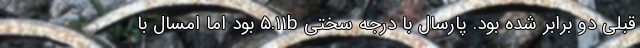
قبلی دو برابر شده بود. پارسال با درجه سختی ۵.۱۱b بود اما امسال با